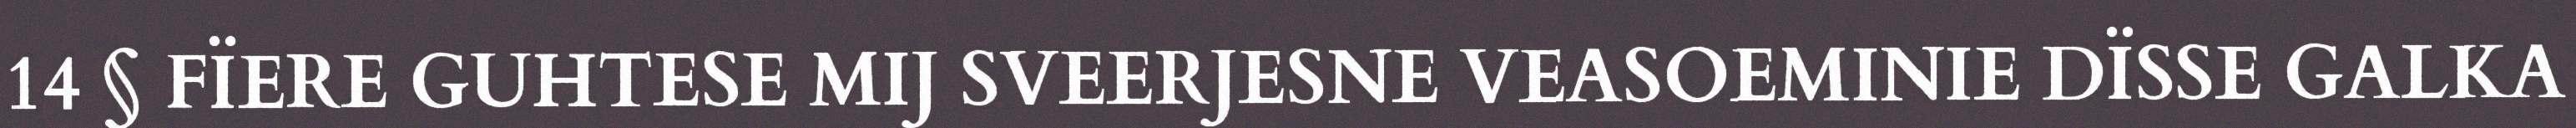
14 § FÏERE GUHTESE MIJ SVEERJESNE VEASOEMINIE DÏSSE GALKA